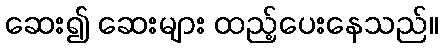
ဆေး၍ ဆေးများ ထည့်ပေးနေသည်။